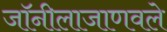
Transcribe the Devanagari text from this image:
जॉनीलाजाणवले